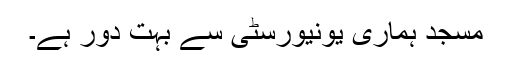
مسجد ہماری یونیورسٹی سے بہت دور ہے۔